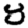
Digit: 8